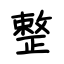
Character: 整